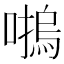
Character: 𡀴